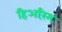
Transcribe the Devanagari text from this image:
हिअरिंग